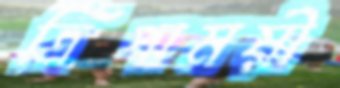
ত্রিপাময়ী